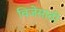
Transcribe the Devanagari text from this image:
विजेसाठी